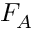
F _ { A }